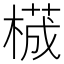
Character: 𬃾